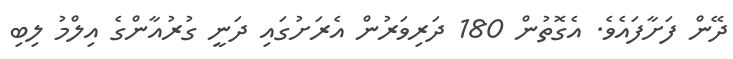
ދޭން ފަށާފައެވެ. އެގޮތުން 180 ދަރިވަރުން އެރަށުގައި ދަނީ ގުރުއާންގެ އިލްމު ލިބި